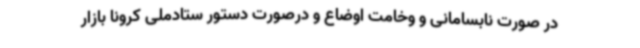
در صورت نابسامانی و وخامت اوضاع و درصورت دستور ستادملی کرونا بازار